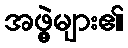
အဖွဲ့များ၏